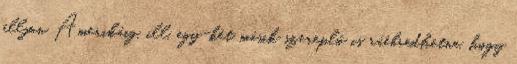
álljon Amerikáig, ill. egy-két másik szereplő is ráébredhetne, hogy